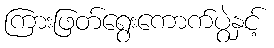
ကြားဖြတ်ရွေးကောက်ပွဲနှင့်